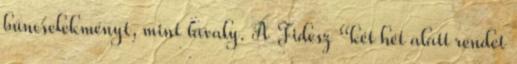
bűncselekményt, mint tavaly. A Fidesz “két hét alatt rendet